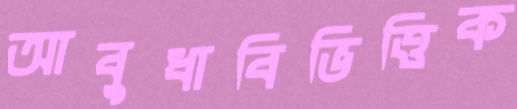
আবুধাবিভিত্তিক